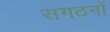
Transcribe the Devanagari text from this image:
सगठनों